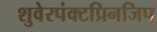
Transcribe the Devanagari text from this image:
शुवेरपंक्टप्रिनजिप